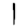
Digit: 1